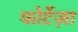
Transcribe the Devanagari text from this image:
फोर्टेज़ा